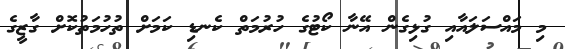
މި މައްސަލައާއި ގުޅިގެން އޭނާ ކޯޓުގެ ހުރުމަތް ކެނޑި ކަމަށް ތުހުމަތުކޮށް ގާޒީގެ